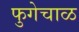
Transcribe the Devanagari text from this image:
फुगेचाळ